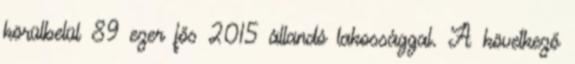
körülbelül 89 ezer fős 2015 állandó lakossággal. A következő